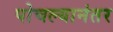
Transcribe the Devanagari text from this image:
पोचल्यानंतर